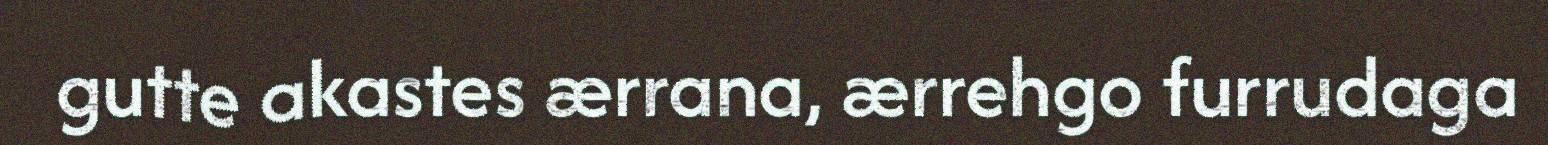
gutte akastes ærrana, ærrehgo furrudaga